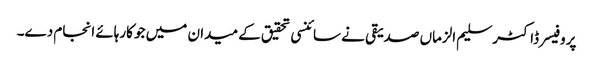
پروفیسر ڈاکٹر سلیم الزماں صدیقی نے سائنسی تحقیق کے میدان میں جو کارہائے انجام دے۔